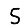
Digit: 5